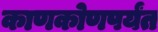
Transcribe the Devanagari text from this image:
काणकोणपर्यंत